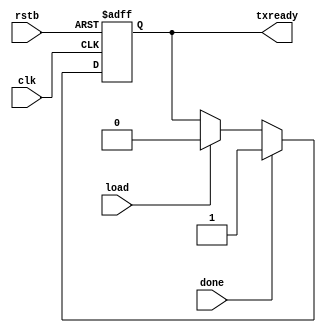
module Set_reset( clk, rstb, done, load, txready );

input clk;
input rstb;
input done;
input load;
output txready;

always @(posedge clk, negedge rstb)

if (!rstb) txready <= 1'b1;
else if (done) txready <= 1'b1;
else if (load) txready <= 1'b0;

endmodule